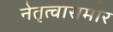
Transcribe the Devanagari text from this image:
नेतृत्वासमोर